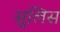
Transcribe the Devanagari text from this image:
सुलिस